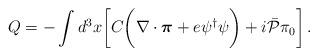
LaTeX: \begin{align*}Q=-\int d^3 x \biggl[C\biggl(\nabla\cdot\mbox{\boldmath $\pi$}+e\psi^\dagger\psi\biggr)+i{\bar{\cal P}}\pi_0\biggr]\,.\end{align*}